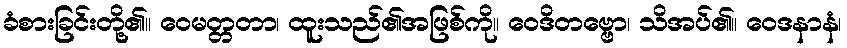
ခံစားခြင်းတို့၏။ ဝေမတ္တတာ၊ ထူးသည်၏အဖြစ်ကို။ ဝေဒိတဗ္ဗော၊ သိအပ်၏။ ဝေဒနာနံ၊